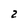
Character: 2